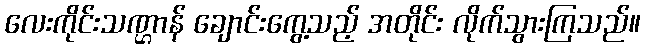
လေးကိုင်းသဏ္ဌာန် ချောင်းကွေ့သည့် အတိုင်း လိုက်သွားကြသည်။